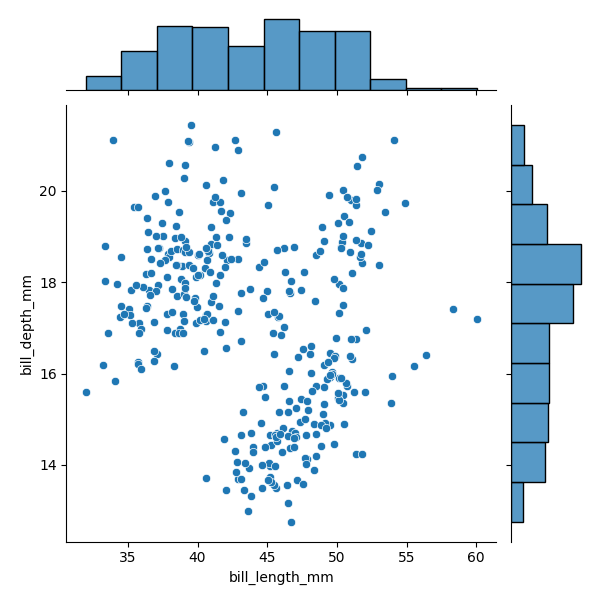
python, seaborn, JointGrid, scatterplot, histplot